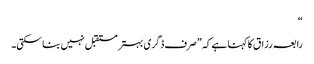
“
رابعہ رزاق کا کہنا ہے کہ ”صرف ڈگری بہتر مستقبل نہیں بنا سکتی۔